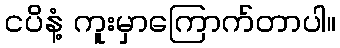
ငပိနံ့ ကူးမှာကြောက်တာပါ။